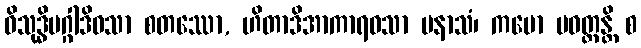
ဝိသုဒ္ဓိမဂ္ဂါဒိဝသာ စတဿော, ဟိတာဒိအာကာရဝသာ ပနာသံ၊ ကမော ပဝတ္တန္တိ စ